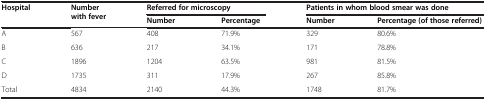
<table><thead><tr><td><b>Hospital</b></td><td><b>Number with fever</b></td><td colspan="2"><b>Referred for microscopy</b></td><td colspan="2"><b>Patients in whom blood smear was done</b></td></tr><tr><td><b> </b></td><td><b> </b></td><td><b>Number</b></td><td><b>Percentage</b></td><td><b>Number</b></td><td><b>Percentage (of those referred)</b></td></tr></thead><tbody><tr><td>A</td><td>567</td><td>408</td><td>71.9%</td><td>329</td><td>80.6%</td></tr><tr><td>B</td><td>636</td><td>217</td><td>34.1%</td><td>171</td><td>78.8%</td></tr><tr><td>C</td><td>1896</td><td>1204</td><td>63.5%</td><td>981</td><td>81.5%</td></tr><tr><td>D</td><td>1735</td><td>311</td><td>17.9%</td><td>267</td><td>85.8%</td></tr><tr><td>Total</td><td>4834</td><td>2140</td><td>44.3%</td><td>1748</td><td>81.7%</td></tr></tbody></table>